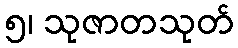
၅၊ သုဇာတသုတ်